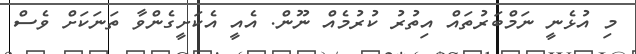
މި އުޅެނީ ނަމްބަރުތައް އިތުރު ކުރުމެއް ނޫން. އެއީ އެކަށީގެންވާ ތަނަކަށް ވެސް